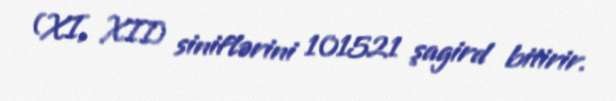
(XI, XII) siniflərini 101521 şagird bitirir.